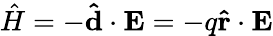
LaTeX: {\hat{H}}=-\mathbf{\hat{d}}\cdot\mathbf{E}=-q\mathbf{\hat{r}}\cdot\mathbf{E}